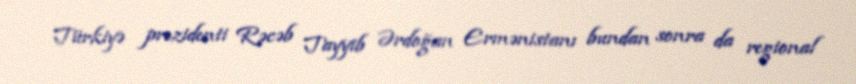
Türkiyə prezidenti Rəcəb Tayyib Ərdoğan Ermənistanı bundan sonra da regional